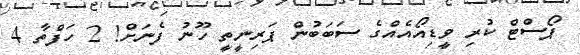
ޕޯސްޓް ކުރި ވީޑިއޯއެއްގެ ސަބަބުން ޕަރިނީތީ ހޫނު ފެނަށް! 2 ހަފްތާ 4